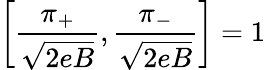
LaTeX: \left[\frac{\pi_{+}}{\sqrt{2eB}},\frac{\pi_{-}}{\sqrt{2eB}}\right]=1